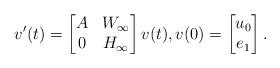
LaTeX: \begin{align*}v'(t)=\begin{bmatrix}A &W_\infty\\ 0 & H_\infty\end{bmatrix}v(t), v(0) = \begin{bmatrix} u_0 \\ e_1 \end{bmatrix}.\end{align*}